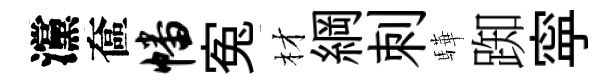
灙奩幡寃材綱刺驊踟寜